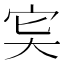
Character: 𡧠